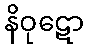
နိဝုဋော